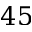
4 5